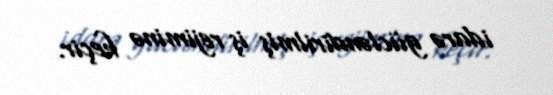
idarə gücləndirilmiş iş rejiminə keçir.